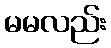
မမလည်း